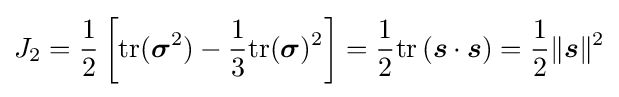
J_{2}={\frac {1}{2}}\left[{\text{tr}}({\boldsymbol {\sigma }}^{2})-{\frac {1}{3}}{\text{tr}}({\boldsymbol {\sigma }})^{2}\right]={\frac {1}{2}}\mathrm {tr} \left({\boldsymbol {s}}\cdot {\boldsymbol {s}}\right)={\frac {1}{2}}\lVert {\boldsymbol {s}}\rVert ^{2}